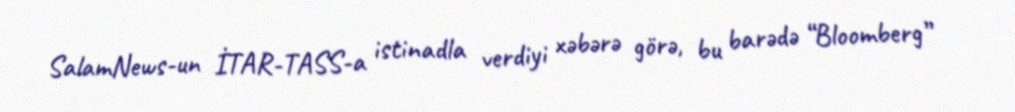
SalamNews-un İTAR-TASS-a istinadla verdiyi xəbərə görə, bu barədə “Bloomberg”